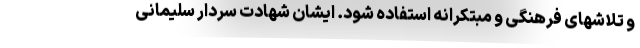
و تلاشهای فرهنگی و مبتکرانه استفاده شود. ایشان شهادت سردار سلیمانی